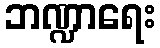
ဘဏ္ဍာရေး